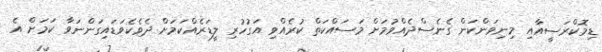
ޑިމޮކްރަސީއާއި މިނިވަންކަން ގެނެސްދެއްވުމަށް މަސައްކަތް ކުރެއްވި އަގުހުރި ލީޑަރެއްކަމަށް ދެވެކެވަޑައިގަންނަވާ ކަމަށް އެ